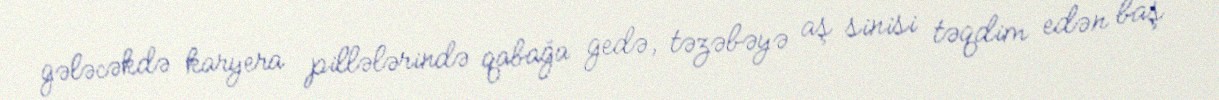
gələcəkdə karyera pillələrində qabağa gedə, təzəbəyə aş sinisi təqdim edən baş